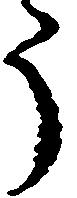
う